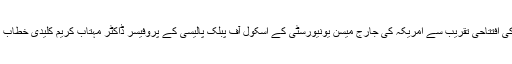
ورکشاپ کی افتتاحی تقریب سے امریکہ کی جارج میسن یونیورسٹی کے اسکول آف پبلک پالیسی کے پروفیسر ڈاکٹر مہتاب کریم کلیدی خطاب کریں گے۔